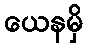
ယေနမှိ